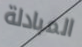
المبادلة